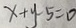
x + y - 5 = 0